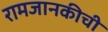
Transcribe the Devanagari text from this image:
रामजानकीची